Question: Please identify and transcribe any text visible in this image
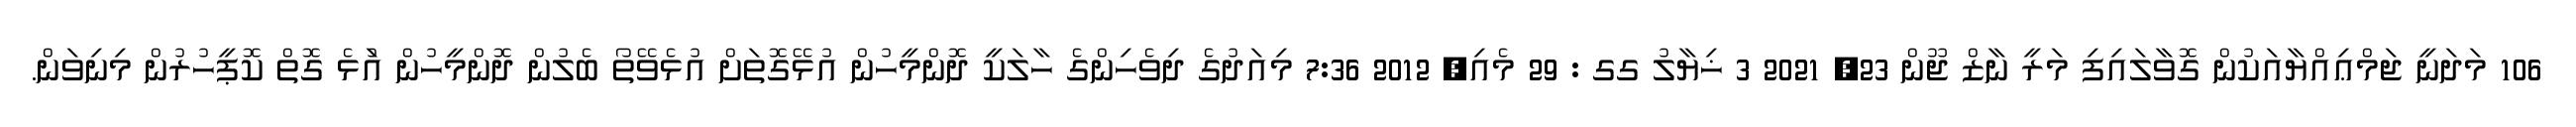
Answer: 106 މަދަނީ ޖަމްޢިއްޔާއަކުން ގޮވާލައިފި މަރީ ނާޒް ޖޫން 23, 2021 3 ޚިޔާލު ގގ : 29 މެއި, 2012 7:36 މިއަދުގެ ދިވެހިންގެ ހާލަކީ ދޮންމީހުން އުޅޭގޮތަށް އުޅެވޭތޯ ބެލުން ދޮންމީހުން އަުޅެ ގޮތް ކޮޕީހުރުން މިނިވަން.